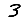
Digit: 3